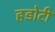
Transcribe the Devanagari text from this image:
हडोटी